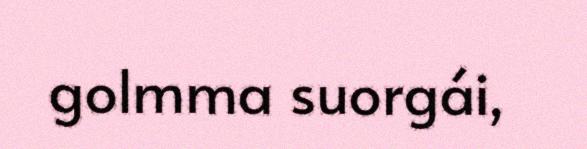
golmma suorgái,